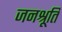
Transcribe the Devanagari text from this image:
जनश्रूति